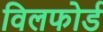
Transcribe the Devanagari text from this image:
विलफोर्ड